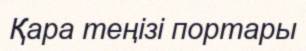
Қара теңізі портары